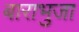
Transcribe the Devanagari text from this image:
बाराभुजा